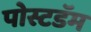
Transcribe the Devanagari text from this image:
पोस्टडॅम